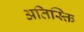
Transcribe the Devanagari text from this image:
अतिस्क्ति